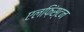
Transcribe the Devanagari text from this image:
एलफ़िंस्टन